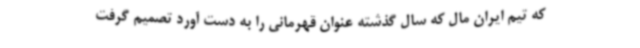
که تیم ایران مال که سال گذشته عنوان قهرمانی را به دست آورد تصمیم گرفت